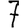
Digit: 7